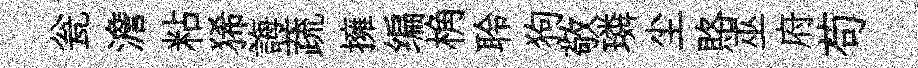
瓮澹粘狶誨蔬擁编桷聆狗敬璘尘賂巫府苟